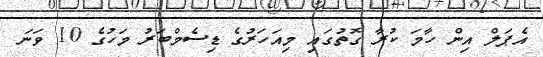
އެޕަލް އިން ހާމަ ކުރާ ގޮތުގައި މިއަހަރުގެ ޑިސެމްބަރު މަހުގެ 10 ވަނަ